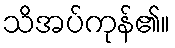
သိအပ်ကုန်၏။